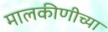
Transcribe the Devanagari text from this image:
मालकीणीच्या